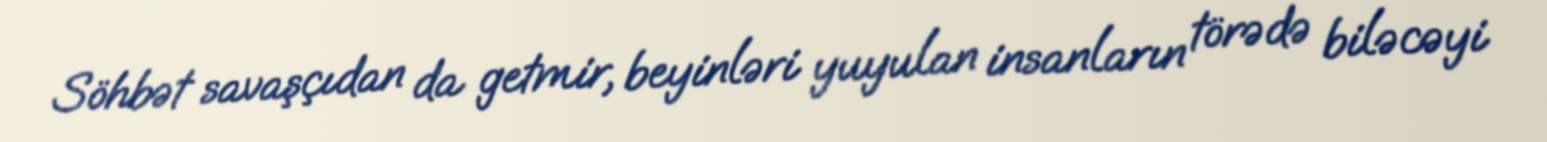
Söhbət savaşçıdan da getmir, beyinləri yuyulan insanların törədə biləcəyi